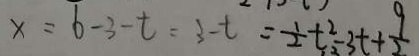
x = 6 - 3 - t = 3 - t = \frac { 1 } { 2 } t ^ { 2 } - 3 t + \frac { 9 } { 2 }